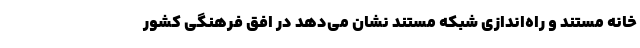
خانه مستند و راه‌اندازی شبکه مستند نشان می‌دهد در افق فرهنگی کشور